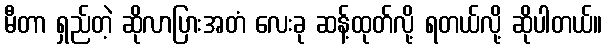
မီတာ ရှည်တဲ့ ဆိုလာပြားအတံ လေးခု ဆန့်ထုတ်လို့ ရတယ်လို့ ဆိုပါတယ်။